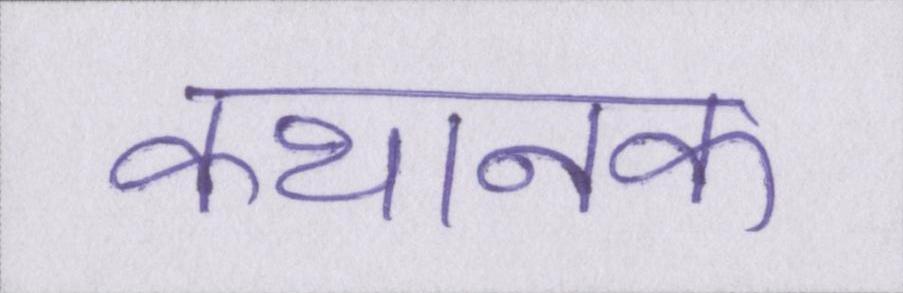
कथानक